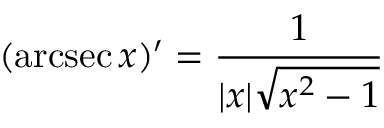
( \operatorname { a r c s e c } x ) ^ { \prime } = { \frac { 1 } { | x | { \sqrt { x ^ { 2 } - 1 } } } }